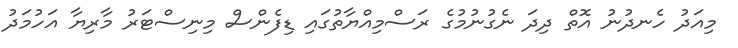
މިއަދު ހެނދުނު އޮތް ދިދަ ނެގުނުމުގެ ރަސްމިއްޔާތުގައި ޑިފެންސް މިނިސްޓަރު މާރިޔާ އަހުމަދު